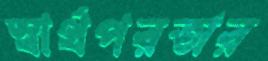
স্বার্থপরতার